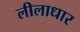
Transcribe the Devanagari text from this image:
लीलाधार